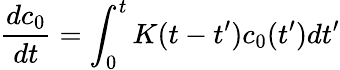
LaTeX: \frac{dc_{0}}{dt}=\int_{0}^{t}K(t-t^{\prime})c_{0}(t^{\prime})dt^{\prime}